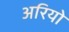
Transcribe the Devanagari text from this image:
अरियो